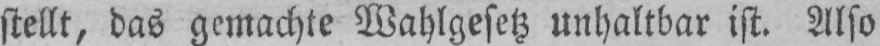
stellt, das gemachte Wahlgesetz unhaltbar ist. Also